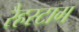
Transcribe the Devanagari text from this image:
रैहस्टाग